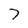
Character: 7